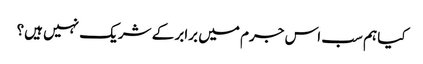
کیا ہم سب اس جرم میں برابر کے شریک نہیں ہیں؟